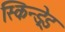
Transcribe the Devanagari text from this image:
स्किन्ड्रेड